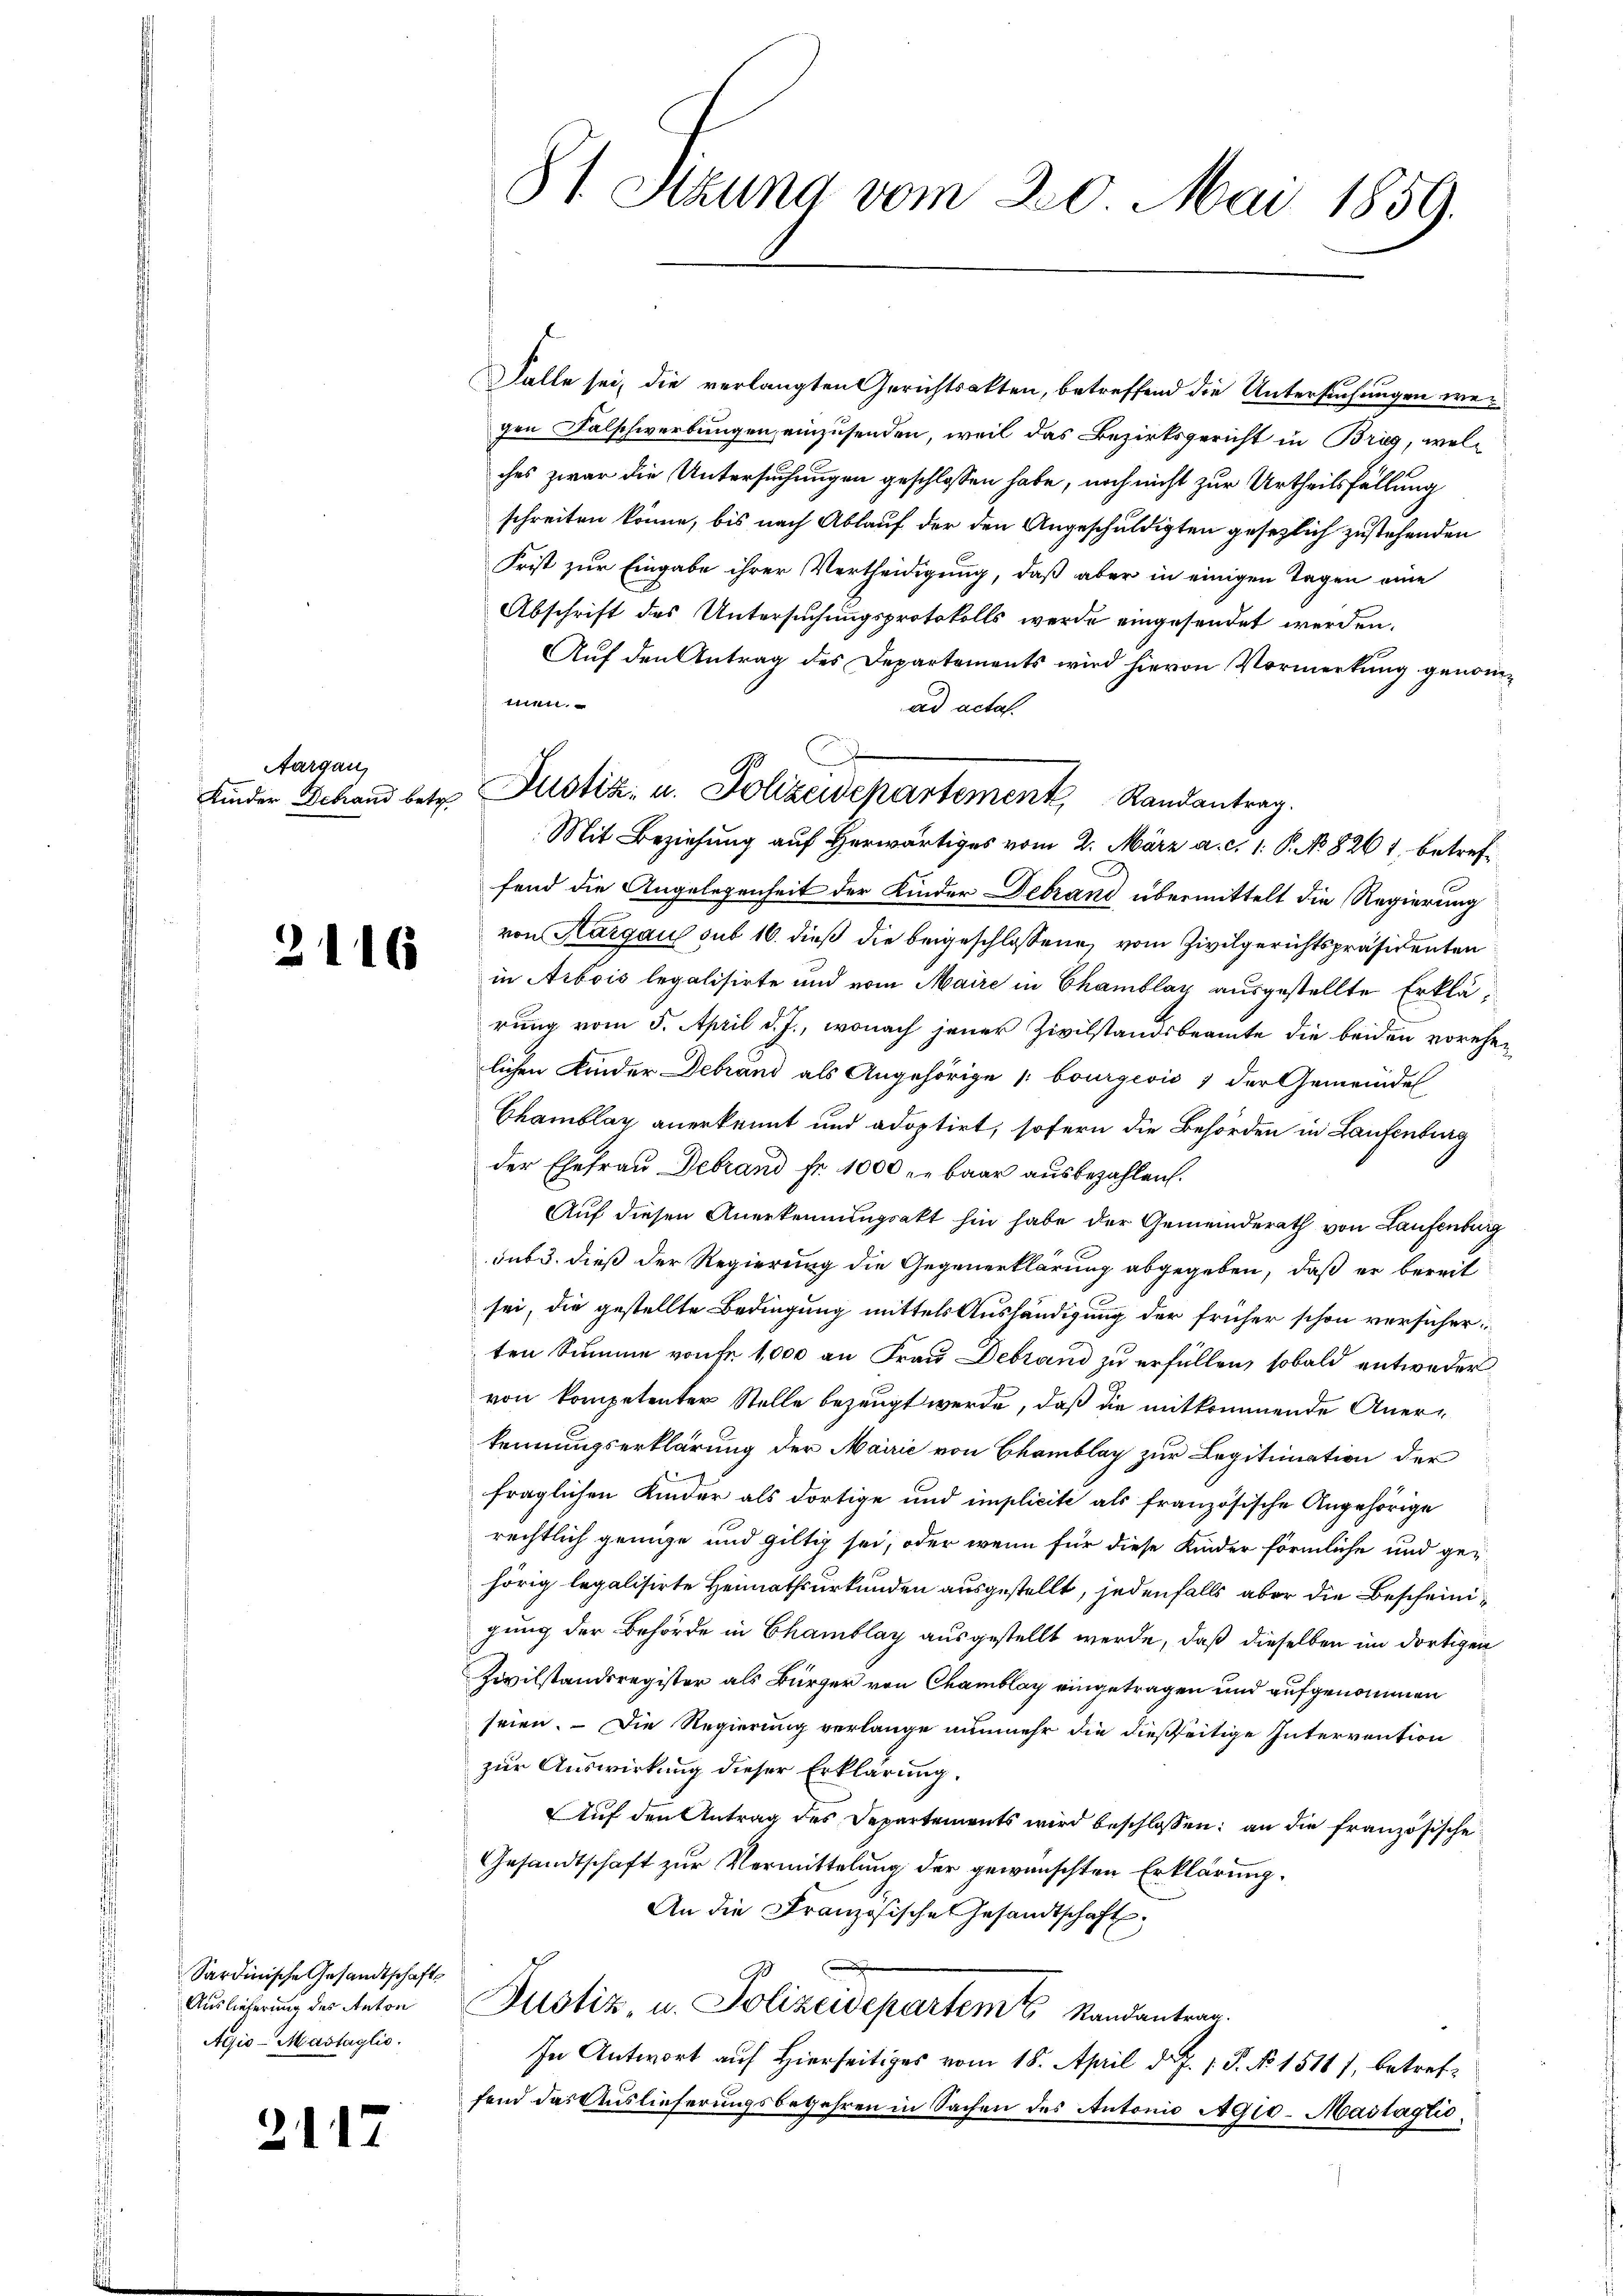
Aargau,

2116

Sardinische Gesandtschafts
Auslieferung des Anton
Agio-Mastaglio.

21

81. Stung vom 20. Mai 1859.

Falle sei, die verlangten Gerichtsakten, betreffend die Untersuchungen wegen Fälschwerbungen, einzusenden, weil das Bezirksgericht in Brig, welches zwar die Untersuchungen geschlossen habe, noch nicht zur Urtheilsfällung
schreiten könne, bis nach Ablauf der den Angeschuldigten gesezlich zustehenden
Frist zur Eingabe ihrer Vertheidigung, daß aber in einigen Tagen eine
Abschrift des Untersuchungsprotokolls werde eingesendet werden.
Auf den Antrag des Departements wird hievon Vormerkung genomteiten.
ad acta.
Mit Beziehung auf herwärtiges vom 2. März a. c. 1. P. No 8261, betreffend die Angelegenheit der Kinder Debrand übermittelt die Regierung
von Aargau sub 16. dieß die beigeschlossene, vom Zivilgerichtspräsidenten
in Arbois legalisirte und vom Maire in Chamblay ausgestellte Erklärung vom 5. April d. J., wonach jener Zivilstandsbeamte die beiden vorehen
lichen Kinder Debrand als Angehörige bourgević, der Gemeindes
Chamblay anerkennt und adoptirt, sofern die Behörden in Laufenburg
der Ehefrau Debrand Fr. 1000 - baar ausbezahlen.
Auf diesen Anerkennungsakt hin habe der Gemeinderath von Laufenburg
sub 3. dieß der Regierung die Gegenerklärung abgegeben, daß er bereit
sei, die gestellte Bedingung mittels Aushändigung der früher schon versicherten Summe von Fr. 1,000 an Frau Debrand zu erfüllen, sobald entweder
von kompetenter Stelle bezeugt werde, daß die mitkommende Anerkennungserklärung der Mairić von Bamblag zur Legitimation der
fraglichen Kinder als dortige und implicite als französische Angehörige
rechtlich genüge und giltig sei, oder wenn für diese Kinder förmliche und gehörig legalisirte Heimathsurkunden ausgestellt, jedenfalls aber die Bescheinigung der Behörde in Chamblay ausgestellt werde, daß dieselben im dortigen
Zivilstandsregister als Bürger von Chamblay eingetragen und aufgenommen
seien. Die Regierung verlange nunmehr die dießseitige Intervention
zur Auswirkung dieser Erklärung.
Auf den Antrag des Departements wird beschlossen; an die französische
Gesandtschaft zur Vermittelung der gewünschten Erklärung.
An die Französische Gesandtschaft.
Justiz, u. Polizeidepartem Randantrag.
In Antwort auf Hierseitiges vom 18. April d. J. 1. P. No. 1514), betreffend das Auslieferungsbegehren in Sachen des Antonio Agio. Maitagtio¬

Kinder Behand betr. Justiz- u. Polizeidepartement Randantrag.